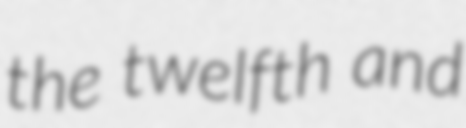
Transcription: the twelfth and